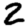
Digit: 2